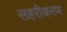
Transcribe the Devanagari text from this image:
सहरीकरण